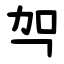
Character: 㔖